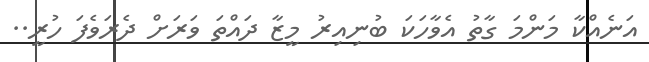
އަނެއްކާ މަންމަ ގާތު އެވާހަކަ ބުނިއިރު މީޒާ ދައްތަ ވަރަށް ދެރަވެފަ ހުރީ..